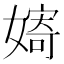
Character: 𱙪